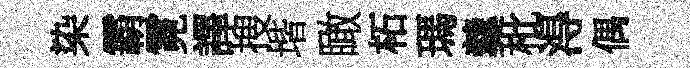
染霸霓譯搜堦瞰柘瑪羹枇淂偶